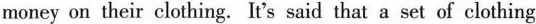
money on their clothing. It's said that a set of clothing